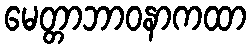
မေတ္တာဘာဝနာကထာ